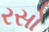
રસો